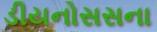
ડીયનોસસના